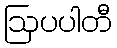
ဩပပါတီ